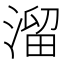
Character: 溜